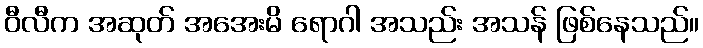
ဝီလီက အဆုတ် အအေးမိ ရောဂါ အသည်း အသန် ဖြစ်နေသည်။